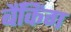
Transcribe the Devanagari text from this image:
बैँकिंग